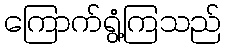
ကြောက်ရွံ့ကြသည်